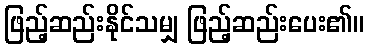
ဖြည့်ဆည်းနိုင်သမျှ ဖြည့်ဆည်းပေး၏။